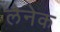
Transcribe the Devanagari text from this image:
लैनेक